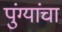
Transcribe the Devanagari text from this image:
पुंग्यांचा